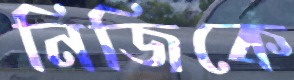
নিজিকে